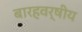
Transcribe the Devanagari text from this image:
बारहवर्षीय